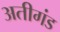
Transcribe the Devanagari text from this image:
अतीगंड